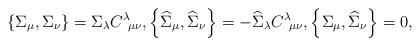
LaTeX: \begin{align*}\left\{ \Sigma_{\mu},\Sigma_{\nu}\right\} =\Sigma_{\lambda}C^{\lambda}\!_{\mu\nu},\left\{ \widehat{\Sigma}_{\mu},\widehat{\Sigma}_{\nu}\right\} =-\widehat{\Sigma}_{\lambda}C^{\lambda}\!_{\mu\nu},\left\{ \Sigma_{\mu},\widehat{\Sigma}_{\nu}\right\} =0,\end{align*}